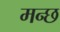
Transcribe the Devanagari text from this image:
मन्छ